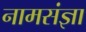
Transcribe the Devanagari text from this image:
नामसंज्ञा